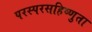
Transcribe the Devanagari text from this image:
परस्परसहिष्णुता